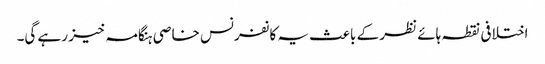
اختلافی نقطہ ہائے نظر کے باعث یہ کانفرنس خاصی ہنگامہ خیز رہے گی۔